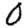
Digit: 0